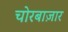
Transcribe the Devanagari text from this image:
चोरबाज़ार